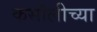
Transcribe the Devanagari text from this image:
कसौलीच्या